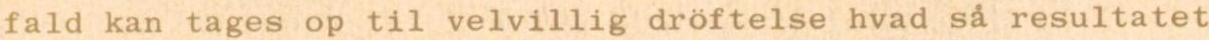
fald kan tages op til velvillig dröftelse hvad så resultatet